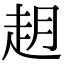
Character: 𬦈